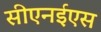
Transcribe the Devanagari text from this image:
सीएनईएस